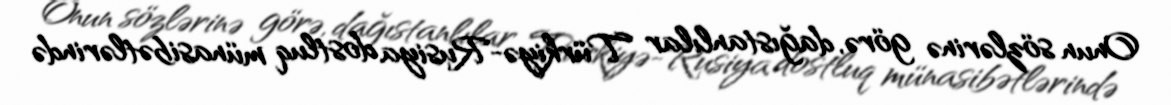
Onun sözlərinə görə, dağıstanlılar Türkiyə-Rusiya dostluq münasibətlərində